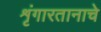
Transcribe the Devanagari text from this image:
शृंगारतानाचे